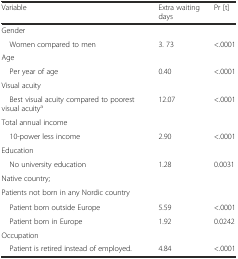
<table><thead><tr><td><b>Variable</b></td><td><b>Extra waiting days</b></td><td><b>Pr [t]</b></td></tr></thead><tbody><tr><td>Gender</td><td></td><td></td></tr><tr><td> Women compared to men</td><td>3. 73</td><td>&lt;.0001</td></tr><tr><td>Age</td><td></td><td></td></tr><tr><td> Per year of age</td><td>0.40</td><td>&lt;.0001</td></tr><tr><td>Visual acuity</td><td></td><td></td></tr><tr><td> Best visual acuity compared to poorest visual acuity<sup>a</sup></td><td>12.07</td><td>&lt;.0001</td></tr><tr><td>Total annual income</td><td></td><td></td></tr><tr><td> 10-power less income</td><td>2.90</td><td>&lt;.0001</td></tr><tr><td>Education</td><td></td><td></td></tr><tr><td> No university education</td><td>1.28</td><td>0.0031</td></tr><tr><td>Native country;</td><td></td><td></td></tr><tr><td>Patients not born in any Nordic country</td><td></td><td></td></tr><tr><td> Patient born outside Europe</td><td>5.59</td><td>&lt;.0001</td></tr><tr><td> Patient born in Europe</td><td>1.92</td><td>0.0242</td></tr><tr><td>Occupation</td><td></td><td></td></tr><tr><td> Patient is retired instead of employed.</td><td>4.84</td><td>&lt;.0001</td></tr></tbody></table>